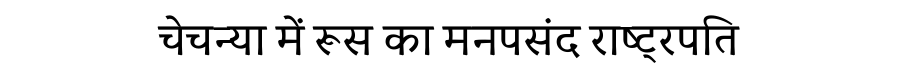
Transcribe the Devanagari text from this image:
चेचन्या में रूस का मनपसंद राष्ट्रपति